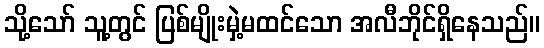
သို့သော် သူ့တွင် ပြစ်မျိုးမှဲ့မထင်သော အလီဘိုင်ရှိနေသည်။